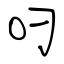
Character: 叼